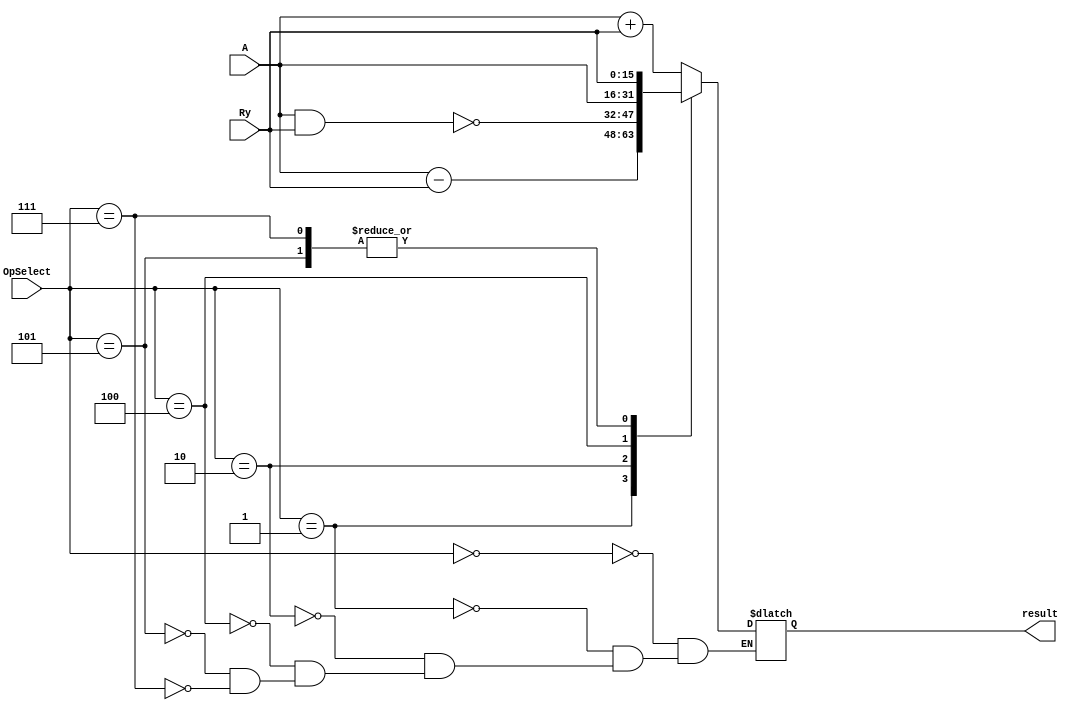
module ULA(A, Ry, OpSelect, result);
    input [0:2]OpSelect;
    input [0:15] A;
    input [0:15] Ry;
    output [0:15] result;
    reg [0:15] aux;
    always @(*) begin
        case(OpSelect) 
            3'b000: aux <= A + Ry;
            3'b001: aux <= A - Ry;
            3'b010: aux <= A ~& Ry;
            3'b100: aux <= A;
            3'b101: aux <= Ry;
            3'b111: aux <= Ry;
        endcase
    end
    assign result = aux;
endmodule